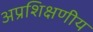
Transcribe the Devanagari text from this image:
अप्रशिक्षणीय